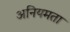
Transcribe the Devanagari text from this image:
अनियमता